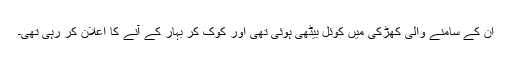
ان کے سامنے والی کھڑکی میں کوئل بیٹھی ہوئی تھی اور کوک کر بہار کے آنے کا اعلان کر رہی تھی۔